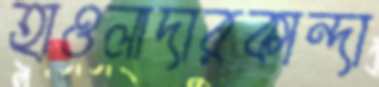
হাওলাদারকান্দা